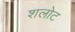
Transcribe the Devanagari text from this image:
शलोट